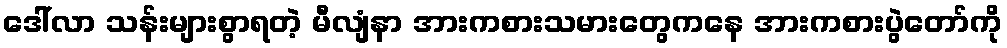
ဒေါ်လာ သန်းများစွာရတဲ့ မီလျံနာ အားကစားသမားတွေကနေ အားကစားပွဲတော်ကို